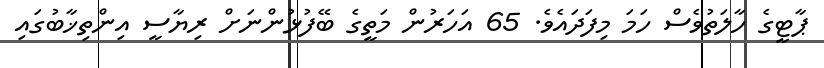
ޕާޓީގެ ހާލަތުވެސް ހަމަ މިފަދައެވެ. 65 އަހަރުން މަތީގެ ބޭފުޅުންނަށް ރިޔާސީ އިންތިޚާބުގައި